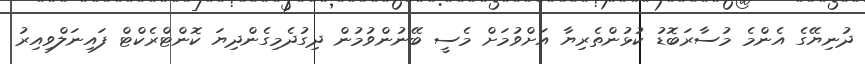
ދުނިޔޭގެ އެންމެ މުސާރަބޮޑު ކުޅުންތެރިޔާ އަށްވުމަށް މެސީ ބޭނުންވުމުން ދިގުދެމިގެންދިޔަ ކޮންޓްރެކްޓް ފައިނަލްވިއިރު